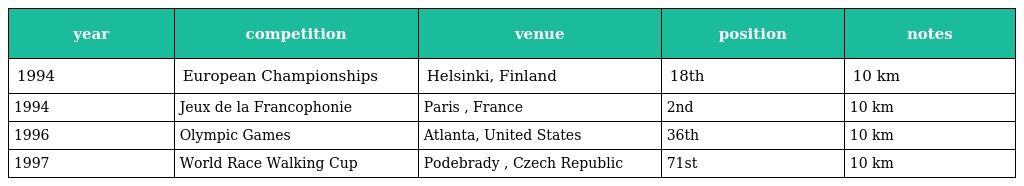
| year | competition | venue | position | notes |
 | --- | --- | --- | --- | --- |
 | 1994 | European Championships | Helsinki, Finland | 18th | 10 km |
 | 1994 | Jeux de la Francophonie | Paris , France | 2nd | 10 km |
 | 1996 | Olympic Games | Atlanta, United States | 36th | 10 km |
 | 1997 | World Race Walking Cup | Podebrady , Czech Republic | 71st | 10 km |